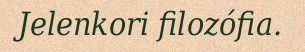
Jelenkori filozófia.